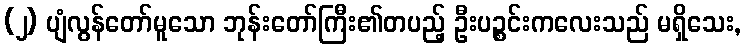
(၂) ပျံလွန်တော်မူသော ဘုန်းတော်ကြီး၏တပည့် ဦးပဉ္စင်းကလေးသည် မရှိသေး,